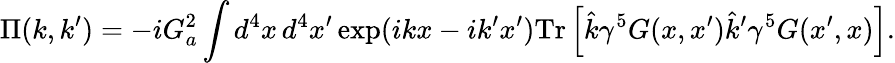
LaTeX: \Pi(k,k^{\prime})=-iG_{a}^{2}\int d^{4}x\, d^{4}x^{\prime}\exp(ikx-ik^{\prime}x^{\prime})\mathrm{Tr}\left[\hat{k}\gamma^{5}G(x,x^{\prime})\hat{k}^{\prime}\gamma^{5}G(x^{\prime},x)\right].